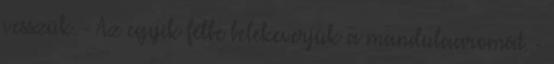
vesszük. - Az egyik félbe belekeverjük a mandulaaromát. -